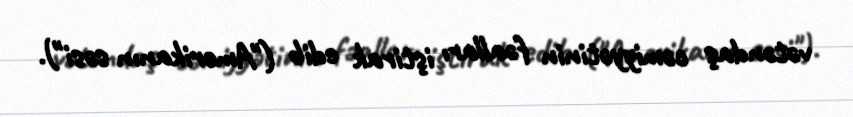
vətəndaş cəmiyyətinin fəalları iştirak edib ("Amerikanın səsi").